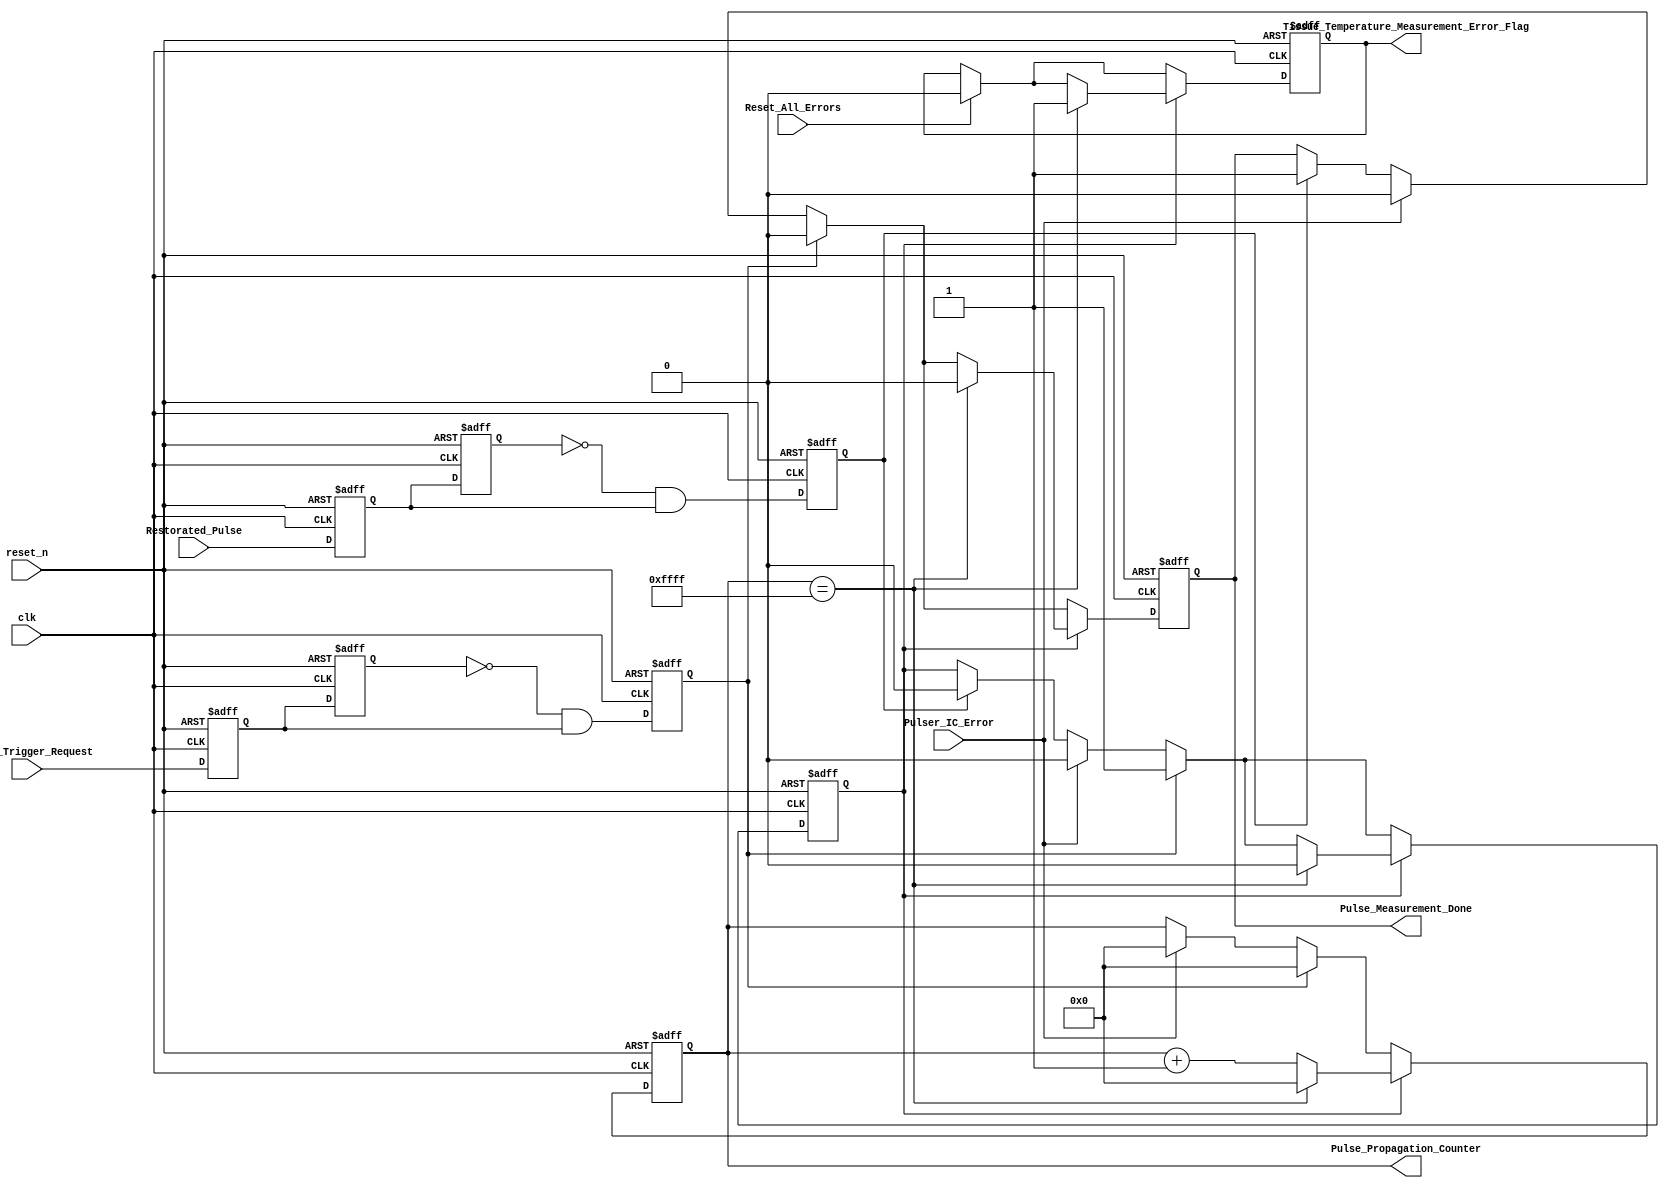

`timescale 1 ns / 1 ns 
module restoration(
   // Outputs
  
   // Inputs
	clk,
	reset_n,
	Reset_All_Errors,
	Restorated_Pulse,
	Pulser_Trigger_Request,
	Pulse_Measurement_Done,
	Pulse_Propagation_Counter,
	Pulser_IC_Error,
	Tissue_Temperature_Measurement_Error_Flag
   );
	
output reg Pulse_Measurement_Done;
output reg [15:0] Pulse_Propagation_Counter;
output reg Tissue_Temperature_Measurement_Error_Flag;
	
input clk;
input reset_n;
input Restorated_Pulse;
input Pulser_Trigger_Request;
input Pulser_IC_Error;
input Reset_All_Errors;

reg Pulse_Counter_Enable;

reg Pulser_Trigger_Request_d;
reg Pulser_Trigger_Request_dd;
reg Pulser_Trigger_Request_der;

reg Restorated_Pulse_d;
reg Restorated_Pulse_dd;
reg Restorated_Pulse_der;		

always @ (posedge clk or negedge reset_n)
begin
	if(!reset_n) begin  
		Pulser_Trigger_Request_d <= 1'b0;
		Pulser_Trigger_Request_dd <= 1'b0;
		Pulser_Trigger_Request_der <= 1'b0;			
	end 
	else begin
		Pulser_Trigger_Request_d <= Pulser_Trigger_Request;
		Pulser_Trigger_Request_dd <= Pulser_Trigger_Request_d;
		Pulser_Trigger_Request_der <= (~Pulser_Trigger_Request_dd) && Pulser_Trigger_Request_d;
	end
end

always @ (posedge clk or negedge reset_n)
begin
	if(!reset_n) begin  
		Restorated_Pulse_d <= 1'b0;
		Restorated_Pulse_dd <= 1'b0;
		Restorated_Pulse_der <= 1'b0;			
	end 
	else begin
		Restorated_Pulse_d <= Restorated_Pulse;
		Restorated_Pulse_dd <= Restorated_Pulse_d;
		Restorated_Pulse_der <= (~Restorated_Pulse_dd) && Restorated_Pulse_d;
	end
end		

always @ (posedge clk or negedge reset_n)
begin
  if (!reset_n) 
	begin
		Pulse_Propagation_Counter <= 16'h0;	
		Pulse_Counter_Enable <= 1'b0;
		Pulse_Measurement_Done <= 1'b0;
		Tissue_Temperature_Measurement_Error_Flag <= 1'b0;
	end
  else 
	begin
		if (Reset_All_Errors) begin Tissue_Temperature_Measurement_Error_Flag <= 1'b0; end
	
		if (Pulser_Trigger_Request_der) 
			begin 
				Pulse_Propagation_Counter <= 16'h0;	
				Pulse_Counter_Enable <= 1'b1;
				Pulse_Measurement_Done <= 1'b0;	
			end
		else if (Pulser_IC_Error)
			begin
				Pulse_Counter_Enable <= 1'b0;
				Pulse_Measurement_Done <= 1'b0;
				Pulse_Propagation_Counter <= 16'h0;	
			end
		else if (Restorated_Pulse_der) 
			begin
				Pulse_Counter_Enable <= 1'b0;
				Pulse_Measurement_Done <= 1'b1;
			end
		
		if (Pulse_Counter_Enable) 
			begin
				if (Pulse_Propagation_Counter == 16'hFFFF)
					begin
						Pulse_Counter_Enable <= 1'b0;
						Pulse_Measurement_Done <= 1'b0;
						Pulse_Propagation_Counter <= 16'h0;
						Tissue_Temperature_Measurement_Error_Flag <= 1'b1;
					end
				else
					begin
						Pulse_Propagation_Counter <= Pulse_Propagation_Counter + 16'h1;
					end
			end

	end  		
end			

endmodule